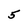
Character: 5